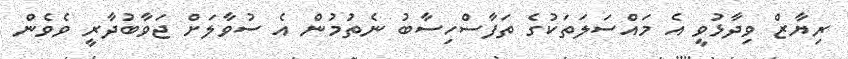
ރިޔާޒް ވިދާޅުވީ އެ މައްސަލަތަކުގެ ތަފާސްހިސާބު ނެތުމުން އެ ސުވާލަށް ޖަވާބުދާރީ ވެވެން